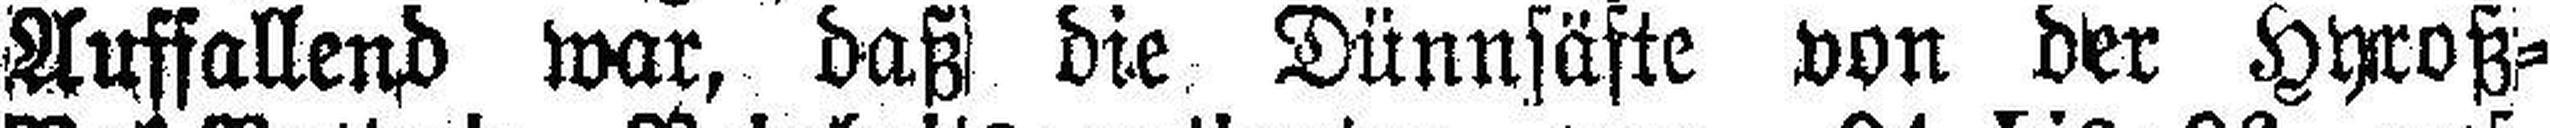
Auffallend war, daß die Dünnsäfte von der Hyroß=